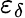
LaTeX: \varepsilon_{\delta}